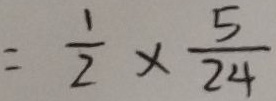
= \frac { 1 } { 2 } \times \frac { 5 } { 2 4 }